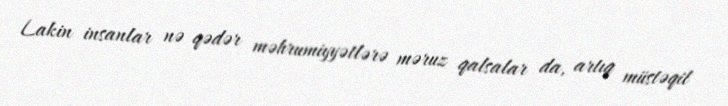
Lakin insanlar nə qədər məhrumiyyətlərə məruz qalsalar da, artıq müstəqil